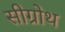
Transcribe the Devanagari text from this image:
सीग्रोथ